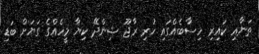
ތަނާއި ކައިރި ހިސާބެއްގައި ހުރި ރާޖޫ ޝިންދޭ ކިޔާ މީހެއްގެ ގަޔަށް ބަޑި